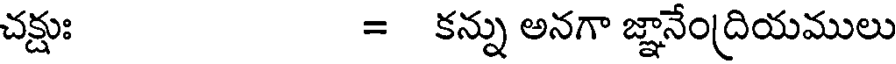
చక్షుః = కన్ను అనగా జ్ఞానేంద్రియములు